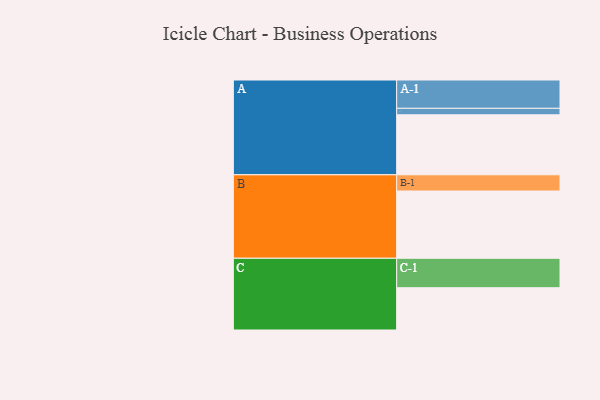
{"axis": {"x": "Segment", "y": "Value"}, "legend": ["", "A", "B", "C"], "data": [{"x": "A", "y": 481, "type": ""}, {"x": "B", "y": 539, "type": ""}, {"x": "C", "y": 339, "type": ""}, {"x": "A-1", "y": 227, "type": "A"}, {"x": "A-2", "y": 52, "type": "A"}, {"x": "B-1", "y": 130, "type": "B"}, {"x": "C-1", "y": 236, "type": "C"}]}